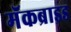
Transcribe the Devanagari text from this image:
मॅकब्राइड